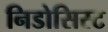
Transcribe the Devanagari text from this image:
निडोसिस्ट